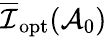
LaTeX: \overline{{\mathcal{I}}}_{\mathrm{opt}}(\mathcal{A}_{0})